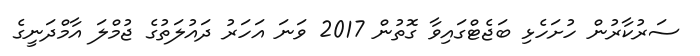
ސަރުކާރުން ހުށަހެޅި ބަޖެޓްގައިވާ ގޮތުން 2017 ވަނަ އަހަރު ދައުލަތުގެ ޖުމްލަ އާމްދަނީގެ